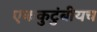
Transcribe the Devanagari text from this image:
एककुटुंबीयच